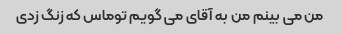
من می بینم من به آقای می گویم توماس که زنگ زدی